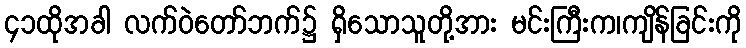
၄၁ထိုအခါ လက်ဝဲတော်ဘက်၌ ရှိသောသူတို့အား မင်းကြီးက၊ကျိန်ခြင်းကို